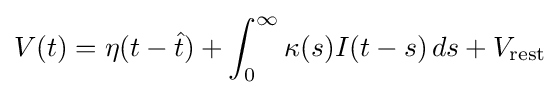
V(t)=\eta (t-{\hat {t}})+\int _{0}^{\infty }\kappa (s)I(t-s)\,ds+V_{\mathrm {rest} }